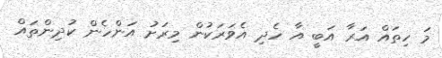
މަ ހިތައް އަރާ އަބީ އާ ހެދި އެވަރަކުން މިރަށު އަންހެން ކުދިންތައް